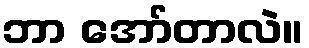
ဘာ အော်တာလဲ။